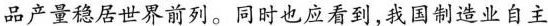
品产量稳居世界前列。同时也应看到，我国制造业自主